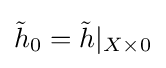
{\tilde {h}}_{0}={\tilde {h}}|_{X\times 0}